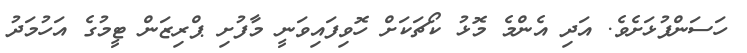
ހަސަންފުޅަށެވެ. އަދި އެންމެ މޮޅު ކޯޗަކަށް ހޮވިފައިވަނީ މާފުށި ޕްރިޒަން ޓީމުގެ އަހުމަދު